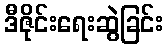
ဒီဇိုင်းရေးဆွဲခြင်း